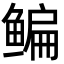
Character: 鳊